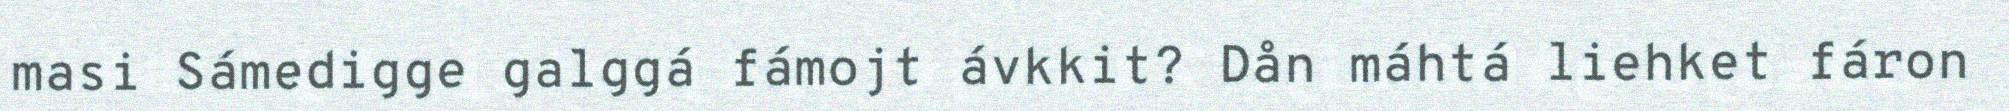
masi Sámedigge galggá fámojt ávkkit? Dån máhtá liehket fáron